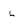
Character: L